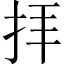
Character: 拝